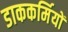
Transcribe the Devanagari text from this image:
डाककर्मियों